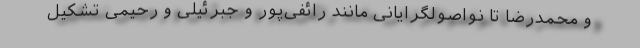
و محمدرضا تا نواصولگرایانی مانند رائفی‌پور و جبرئیلی و‌ رحیمی تشکیل